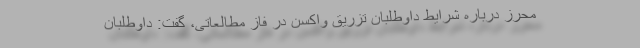
محرز درباره شرایط داوطلبان تزریق واکسن در فاز مطالعاتی، گفت: داوطلبان